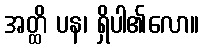
အတ္ထိ ပန၊ ရှိပါ၏လော။